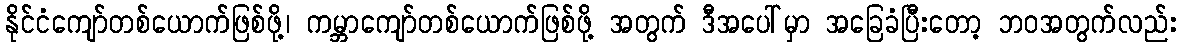
နိုင်ငံကျော်တစ်ယောက်ဖြစ်ဖို့၊ ကမ္ဘာကျော်တစ်ယောက်ဖြစ်ဖို့ အတွက် ဒီအပေါ်မှာ အခြေခံပြီးတော့ ဘဝအတွက်လည်း